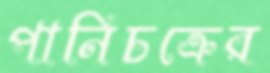
পানিচক্রের